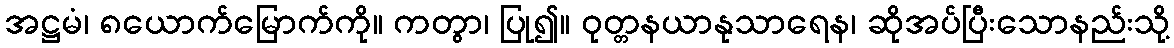
အဋ္ဌမံ၊ ၈ယောက်မြောက်ကို။ ကတွာ၊ ပြု၍။ ဝုတ္တနယာနုသာရေန၊ ဆိုအပ်ပြီးသောနည်းသို့